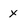
Character: x